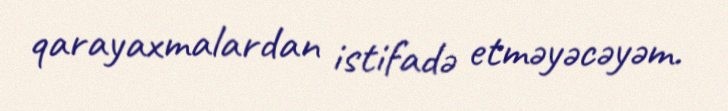
qarayaxmalardan istifadə etməyəcəyəm.